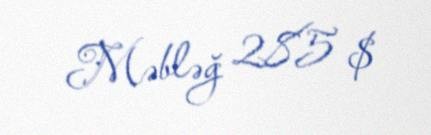
Məbləğ 285 $